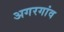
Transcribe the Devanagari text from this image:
अगरगांव